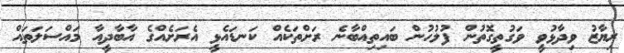
ރިޔާޒު ވިދާޅުވީ ވަގުތީގޮތުން ފުލުހުން ބައިތިއްބާނެ ރަށްތަކެއް ކަނޑައެޅީ އެރަށެއްގެ އާބާދީއާ މައްސަަލަތައް